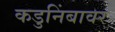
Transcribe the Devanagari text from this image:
कडुनिंबावर